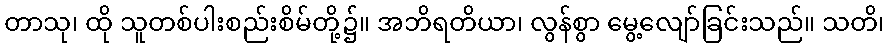
တာသု၊ ထို သူတစ်ပါးစည်းစိမ်တို့၌။ အဘိရတိယာ၊ လွန်စွာ မွေ့လျော်ခြင်းသည်။ သတိ၊